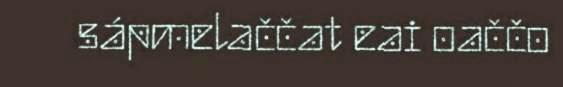
sápmelaččat eai oaččo